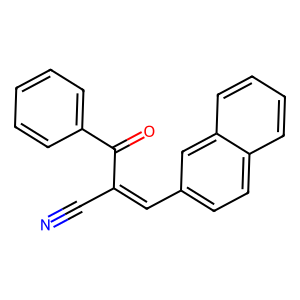
SMILES: N#CC(=Cc1ccc2ccccc2c1)C(=O)c1ccccc1
Inhibits HIV replication: No